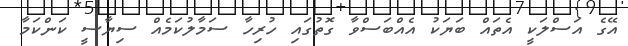
އޭގެ އަސްލަކީ އެތައް ބަޔަކު އެއްބަސްވާ ގޮތުގައި ހުރިހާ ސަމާލުކަމެއް ސިޔާސީ ކަންކަމާ